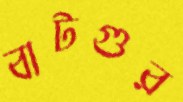
বাটগুর